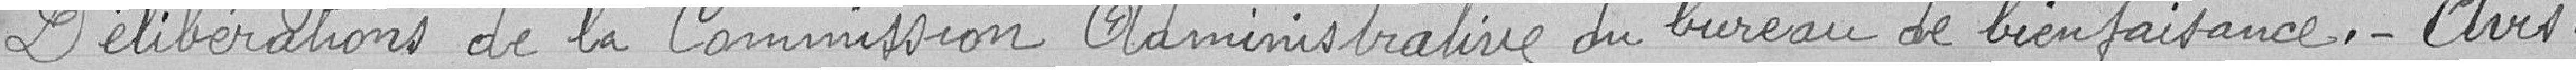
Délibérations de la Commission Administrative du bureau de bienfaisances._ Avis .